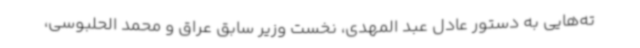
ته‌هایی به دستور عادل عبد المهدی، نخست وزیر سابق عراق و محمد الحلبوسی،